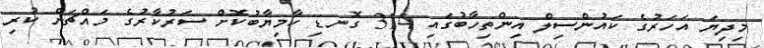
މިދިޔަ އަހަރުގެ ކައުންސިލް އިންތިހާބުގައި 314 ގޮނޑި ކާމިޔާބުކޮށް ސަރުކާރުގެ މައްޗަށް ކުރި